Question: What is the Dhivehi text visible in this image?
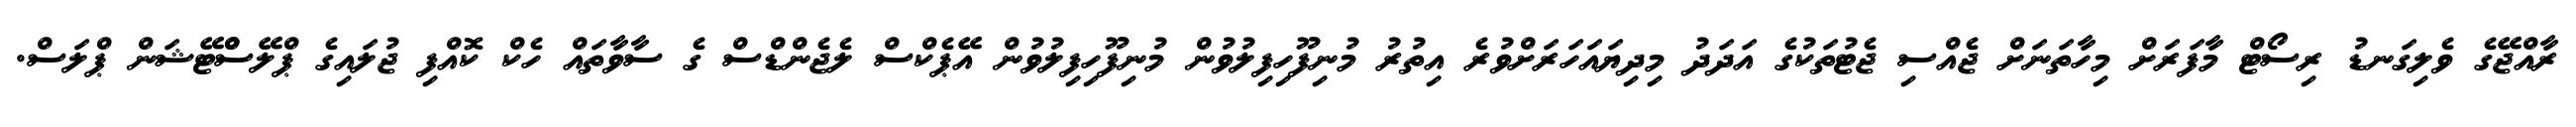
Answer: ރާއްޖޭގެ ވެލިގަނޑު ރިސޯޓް މާފަރަށް މިހާތަނަށް ޖެއްސި ޖެޓުތަކުގެ އަދަދު މިދިޔައަހަރަށްވުރެ އިތުރު މުނިފޫހިފިލުވުން މުނިފޫހިފިލުވުން އޭޕެކްސް ލެޖެންޑްސް ގެ ސާވާތައް ހެކް ކޮއްފި ޖުލައިގެ ޕްލޭސްްޓޭޝަން ޕްލަސް.